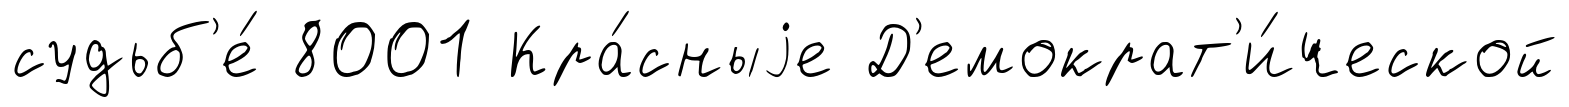
судьб'е́ 8001 Кра́сныjе Д'емократ'и́ческой